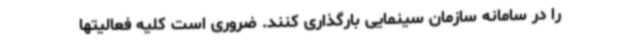
را در سامانه سازمان سینمایی بارگذاری کنند. ضروری است کلیه فعالیتها